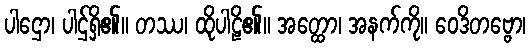
ပါဌော၊ ပါဌ်ရှိ၏။ တဿ၊ ထိုပါဠိ၏။ အတ္ထော၊ အနက်ကို။ ဝေဒိတဗ္ဗော၊